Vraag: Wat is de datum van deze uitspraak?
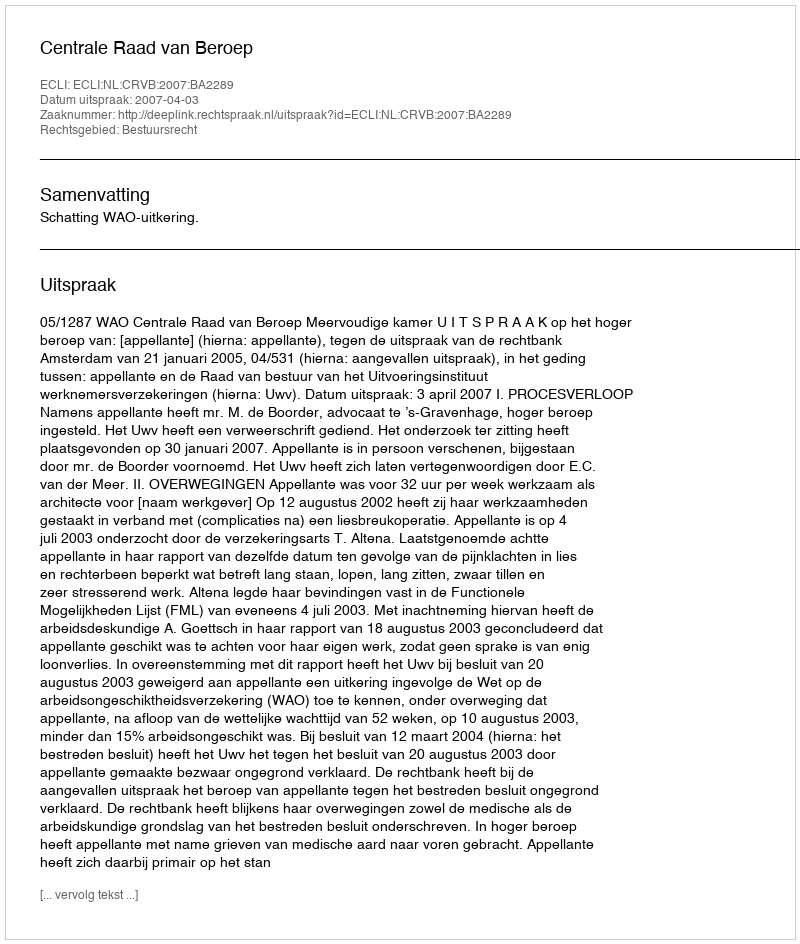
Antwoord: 2007-04-03